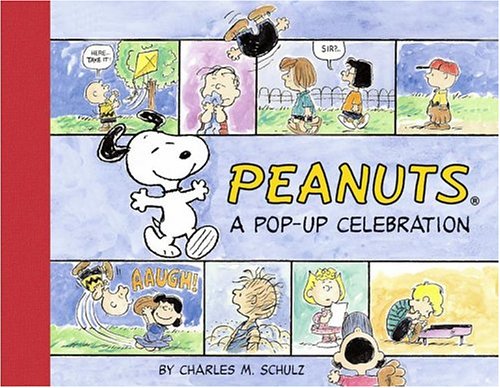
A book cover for Peanuts: A Pop-up Celebration (Classic Collectible Pop-Up); Charles M. Schulz; Children's Books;